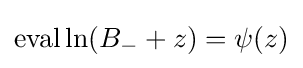
\operatorname {eval} \ln(B_{-}+z)=\psi (z)